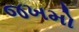
જખમો